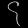
Digit: ၄